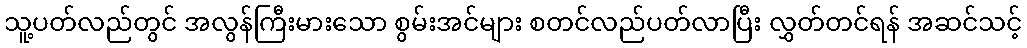
သူ့ပတ်လည်တွင် အလွန်ကြီးမားသော စွမ်းအင်များ စတင်လည်ပတ်လာပြီး လွှတ်တင်ရန် အဆင်သင့်